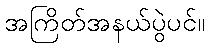
အကြိတ်အနယ်ပွဲပင်။